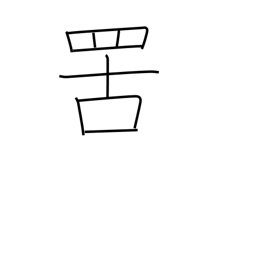
Meaning: net